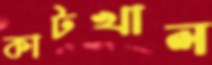
কাটখাল